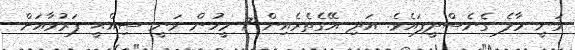
ވަނީ މާލެ ގެނެސްދީފައެވެ. އަދި އޭގެތެރެއިން 7 މީހުން ވަނީ ސިއްޙީ ފަރުވާއަށް